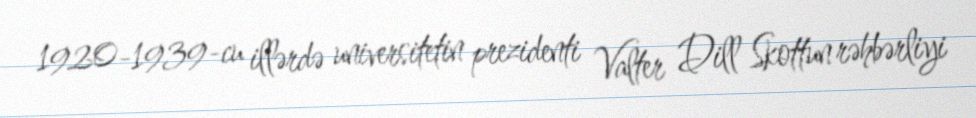
1920-1939-cu illərdə universitetin prezidenti Valter Dill Skottun rəhbərliyi